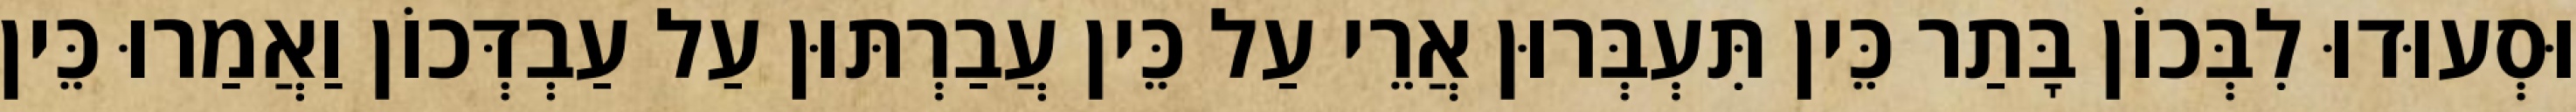
וּסְעוּדוּ לִבְּכוֹן בָּתַר כֵּין תִּעְבְּרוּן אֲרֵי עַל כֵּין עֲבַרְתּוּן עַל עַבְדְּכוֹן וַאֲמַרוּ כֵּין